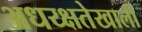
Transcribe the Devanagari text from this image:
अधय्क्षतेखाली